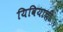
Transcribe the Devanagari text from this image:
यिवियाची